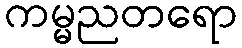
ကမ္မညတရော